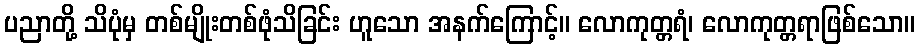
ပညာတို့ သိပုံမှ တစ်မျိုးတစ်ဖုံသိခြင်း ဟူသော အနက်ကြောင့်။ လောကုတ္တရံ၊ လောကုတ္တရာဖြစ်သော။